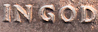
IN GOD